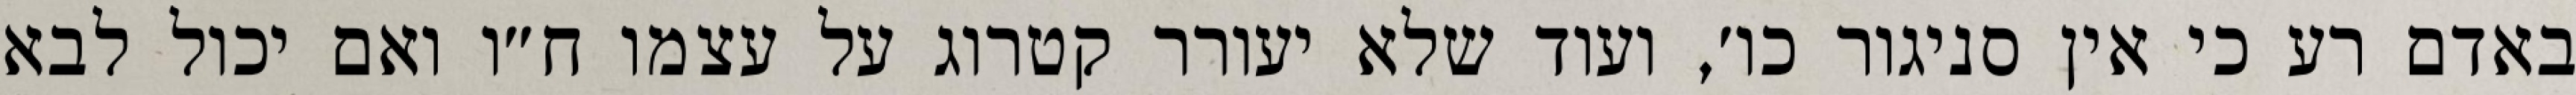
באדם רע כי אין סניגור כו׳, ועוד שלא יעורר קטרוג על עצמו ח״ו ואם יכול לבא